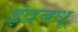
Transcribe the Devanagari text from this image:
इंद्रबधू